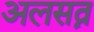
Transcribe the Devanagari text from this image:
अलसत्न